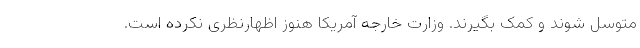
متوسل شوند و کمک بگیرند. وزارت خارجه آمریکا هنوز اظهارنظری نکرده است.